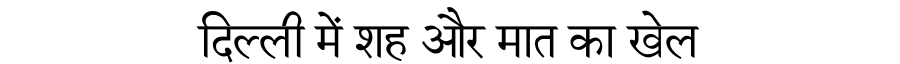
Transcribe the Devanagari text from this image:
दिल्ली में शह और मात का खेल